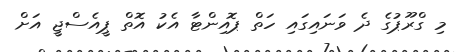
މި ގްރޫޕުގެ ދެ ވަނައިގައި ހަތް ޕޮއިންޓާ އެކު އޮތް ޕީއެސްޖީ އަށް